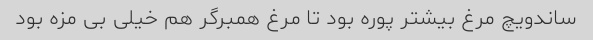
ساندویچ مرغ بیشتر پوره بود تا مرغ همبرگر هم خیلی بی مزه بود